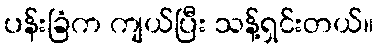
ပန်းခြံက ကျယ်ပြီး သန့်ရှင်းတယ်။